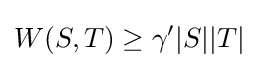
W(S,T)\geq \gamma '|S||T|